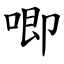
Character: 唧